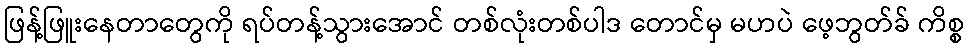
ဖြန့်ဖြူးနေတာတွေကို ရပ်တန့်သွားအောင် တစ်လုံးတစ်ပါဒ တောင်မှ မဟပဲ ဖေ့ဘွတ်ခ် ကိစ္စ